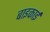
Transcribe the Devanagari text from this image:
बाइकाई